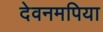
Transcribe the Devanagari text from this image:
देवनमपिया